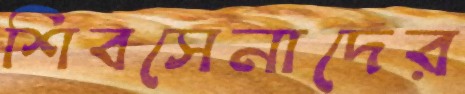
শিবসেনাদের